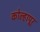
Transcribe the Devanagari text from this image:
कोल्हापूर्